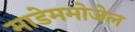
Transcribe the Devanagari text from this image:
माडेममोजेल